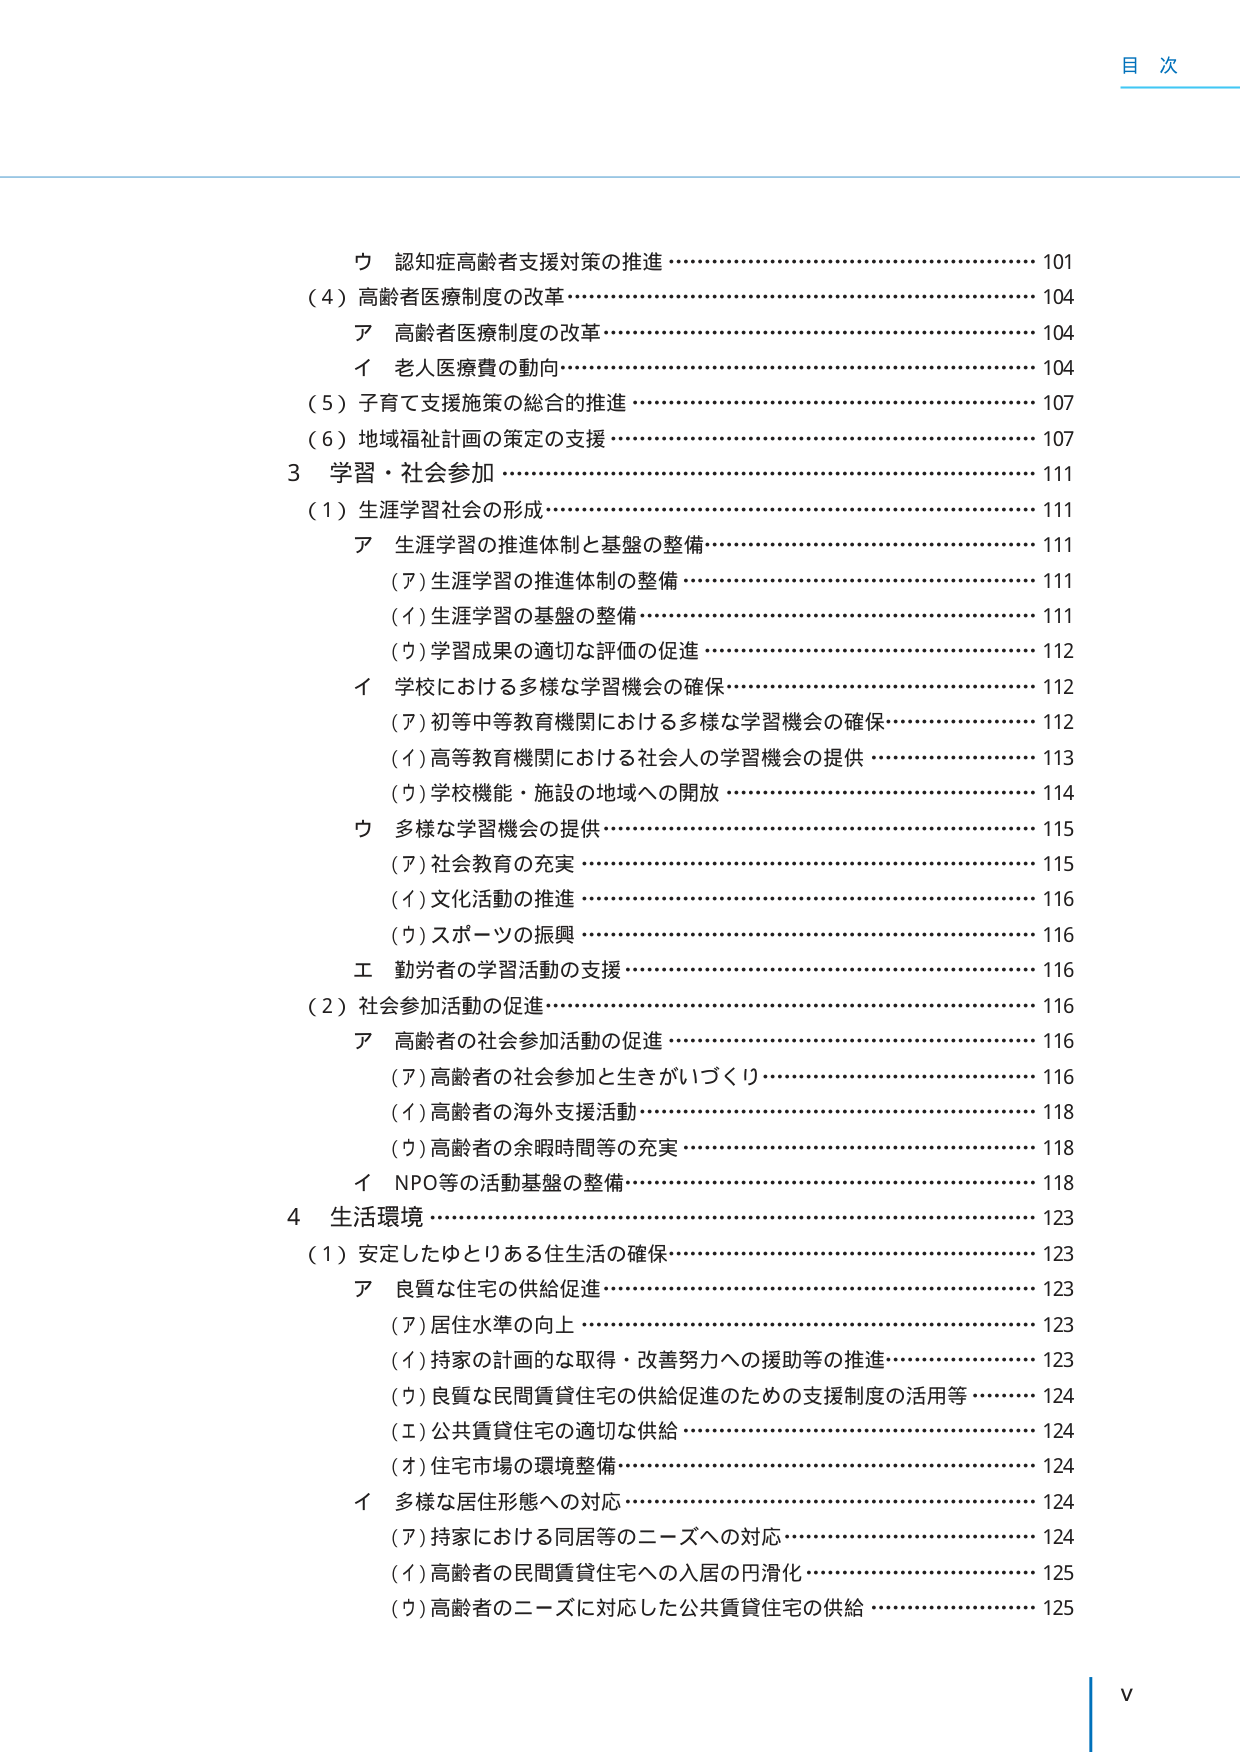
目 次

ウ 認知症高齢者支援対策の推進……………………………………… 101
（4）高齢者医療制度の改革…………………………………………… 104
　ア 高齢者医療制度の改革…………………………………………… 104
　イ 老人医療費の動向………………………………………………… 104
（5）子育て支援施策の総合的推進…………………………………… 107
（6）地域福祉計画の策定の支援……………………………………… 107
3 学習・社会参加……………………………………………………… 111
（1）生涯学習社会の形成……………………………………………… 111
　ア 生涯学習の推進体制と基盤の整備……………………………… 111
　　（ア）生涯学習の推進体制の整備………………………………… 111
　　（イ）生涯学習の基盤の整備……………………………………… 111
　　（ウ）学習成果の適切な評価の促進……………………………… 112
　イ 学校における多様な学習機会の確保…………………………… 112
　　（ア）初等中等教育機関における多様な学習機会の確保……… 112
　　（イ）高等教育機関における社会人の学習機会の提供………… 113
　　（ウ）学校機能・施設の地域への開放…………………………… 114
　ウ 多様な学習機会の提供…………………………………………… 115
　　（ア）社会教育の充実……………………………………………… 115
　　（イ）文化活動の推進……………………………………………… 116
　　（ウ）スポーツの振興……………………………………………… 116
　エ 勤労者の学習活動の支援………………………………………… 116
（2）社会参加活動の促進……………………………………………… 116
　ア 高齢者の社会参加活動の促進…………………………………… 116
　　（ア）高齢者の社会参加と生きがいづくり……………………… 116
　　（イ）高齢者の海外支援活動……………………………………… 118
　　（ウ）高齢者の余暇時間等の充実………………………………… 118
　イ NPO等の活動基盤の整備………………………………………… 118
4 生活環境……………………………………………………………… 123
（1）安定したゆとりある住生活の確保……………………………… 123
　ア 良質な住宅の供給促進…………………………………………… 123
　　（ア）居住水準の向上……………………………………………… 123
　　（イ）持家の計画的な取得・改善努力への援助等の推進……… 123
　　（ウ）良質な民間賃貸住宅の供給促進のための支援制度の活用等 124
　　（エ）公共賃貸住宅の適切な供給………………………………… 124
　　（オ）住宅市場の環境整備………………………………………… 124
　イ 多様な居住形態への対応………………………………………… 124
　　（ア）持家における同居等のニーズへの対応…………………… 124
　　（イ）高齢者の民間賃貸住宅への入居の円滑化………………… 125
　　（ウ）高齢者のニーズに対応した公共賃貸住宅の供給………… 125

V